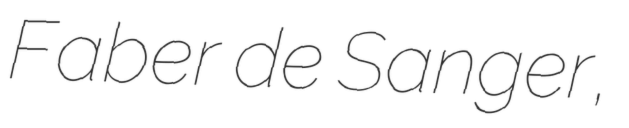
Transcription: Faber de Sanger,